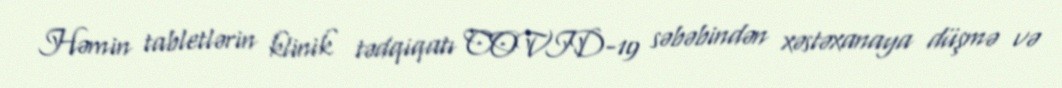
Həmin tabletlərin klinik tədqiqatı COVID-19 səbəbindən xəstəxanaya düşmə və